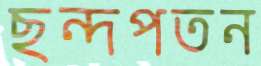
ছন্দপতন